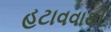
હટાવવાથી